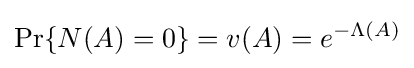
\Pr\{N(A)=0\}=v(A)=e^{-\Lambda (A)}